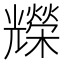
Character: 𠓐